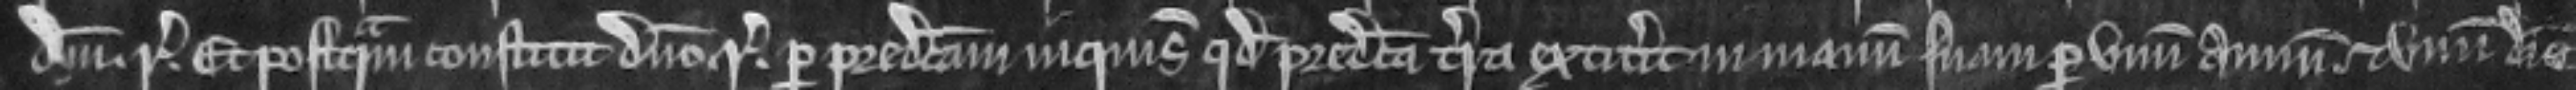
domini regis. Et postquam constitit domino regi per predictam inquisitionemm quod predicta terra extiterat in manum suam per vnum annum et vnum diem